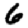
Digit: 6